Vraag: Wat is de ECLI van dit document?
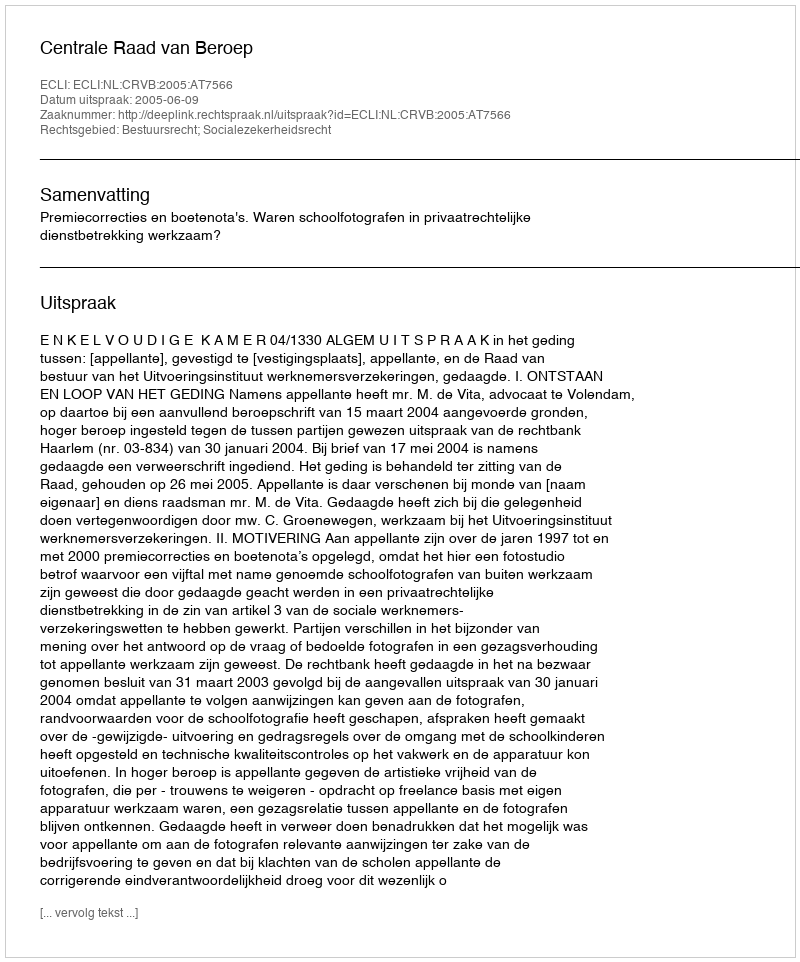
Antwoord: ECLI:NL:CRVB:2005:AT7566